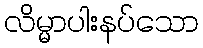
လိမ္မာပါးနပ်သော